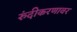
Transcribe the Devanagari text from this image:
रुंदीकरणावर